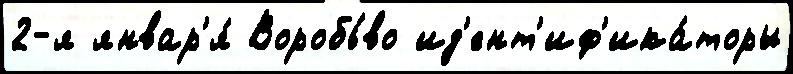
2-я январ'я́ Воробь́во ид'ент'иф'ика́торы